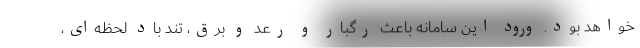
خواهد بود. ورود این سامانه باعث رگبار و رعد و برق، تند باد لحظه‌ای،